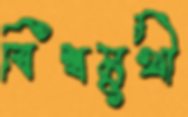
বিশ্বমুখী